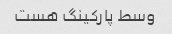
وسط پارکینگ هست